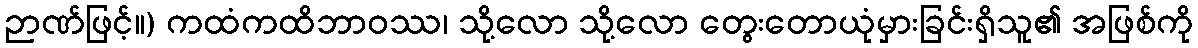
ဉာဏ်ဖြင့်။) ကထံကထိဘာဝဿ၊ သို့လော သို့လော တွေးတောယုံမှားခြင်းရှိသူ၏ အဖြစ်ကို